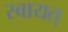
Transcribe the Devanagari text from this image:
स्वायत्